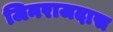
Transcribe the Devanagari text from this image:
जिनराजदास